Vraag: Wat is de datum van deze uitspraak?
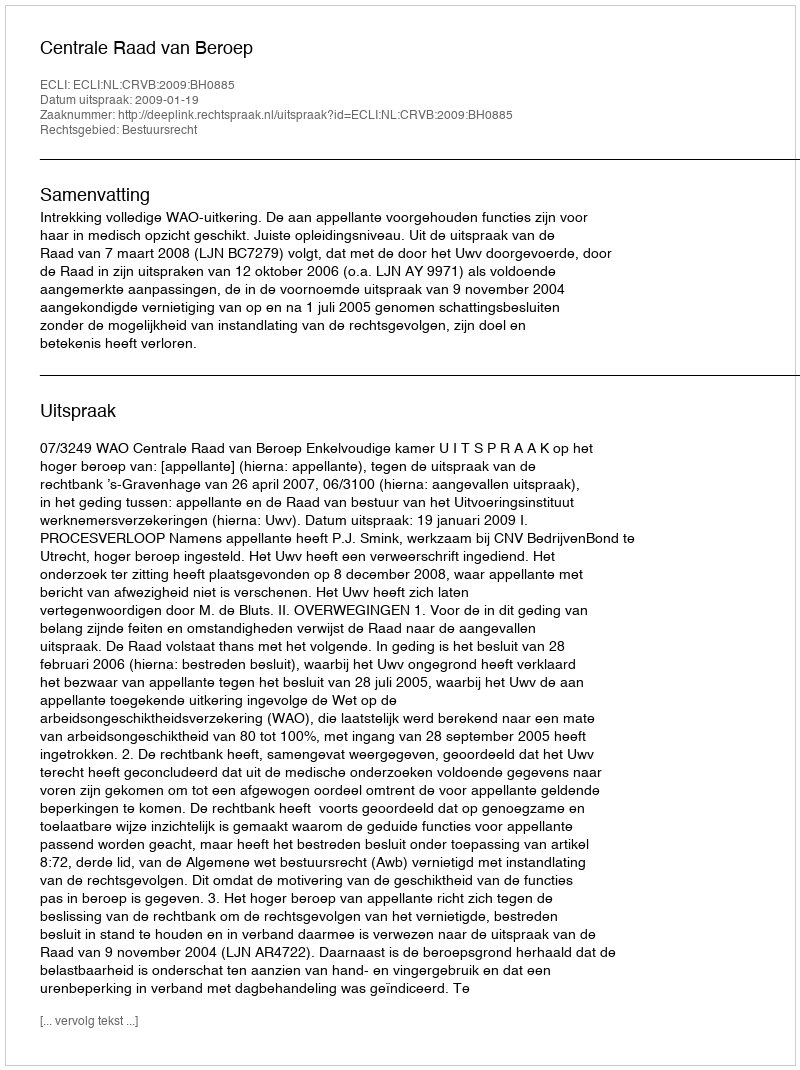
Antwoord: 2009-01-19